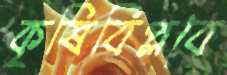
কৃষিবিপ্লবে